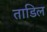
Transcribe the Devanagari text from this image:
ताडिल